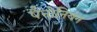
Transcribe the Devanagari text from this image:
पैनोनियन